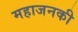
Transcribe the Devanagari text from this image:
महाजनकी